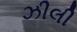
ઝીલી